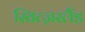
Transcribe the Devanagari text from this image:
स्वित्ज़रलैंड